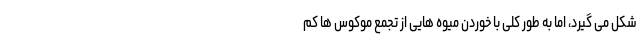
شکل می گیرد، اما به طور کلی با خوردن میوه هایی از تجمع موکوس ها کم